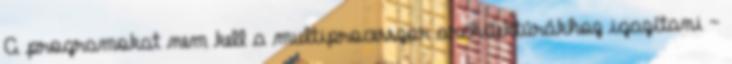
A programokat nem kell a multiprocesszor architektúrákhoz igazítani –